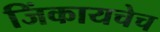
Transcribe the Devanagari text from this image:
जिंकायचेच